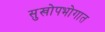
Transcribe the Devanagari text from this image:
सुखोपभोगात